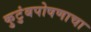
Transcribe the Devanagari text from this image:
कुटुंबपोषणाचा